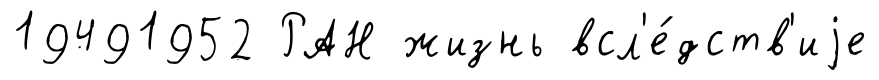
19491952 РАН жизнь всл'е́дств'иjе